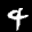
Label: 4